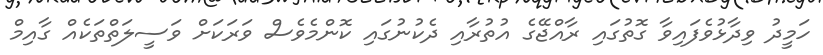
ހަމީދު ވިދާޅުވެފައިވާ ގޮތުގައި ރާއްޖޭގެ އުތުރާއި ދެކުނުގައި ކޮންމެވެސް ވަރަކަށް ވަސީލަތްތަކެއް ގާއިމް